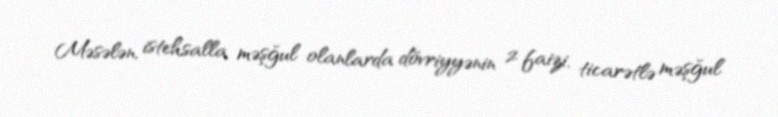
Məsələn, istehsalla məşğul olanlarda dövriyyənin 2 faizi, ticarətlə məşğul